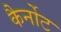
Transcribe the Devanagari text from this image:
कैर्नोट